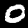
Digit: 0